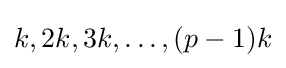
k,2k,3k,\dots ,(p-1)k